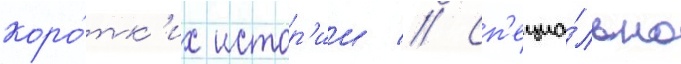
коро́тк'их истор'ии // Сп'ециа́льно